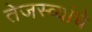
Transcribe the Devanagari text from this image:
तेजस्व्यांचे